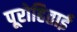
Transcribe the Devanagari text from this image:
पूरोहिताई